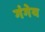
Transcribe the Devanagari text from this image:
गंगेय